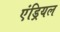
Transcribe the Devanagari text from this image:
एंड्रियल